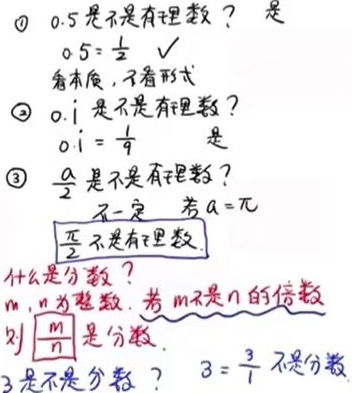
\textcircled{1} \(0.5\)是不是有理数？ 是，\(0.5 = \frac{1}{2}\) √看本质，不看形式
\textcircled{2} \(0.\dot{1}\)是不是有理数？\(0.\dot{1} = \frac{1}{9}\) 是
\textcircled{3} \(\frac{a}{2}\)是不是有理数？不一定 ，若\(a = \pi\)，\(\frac{\pi}{2}\)不是有理数
什么是分数？\(m,n\)为整数，若\(m\)不是\(n\)的倍数则\(\frac{m}{n}\)是分数.
\(3\)是不是分数？ \(3 = \frac{3}{1}\)不是分数